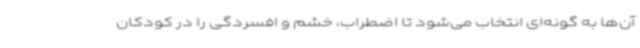
آن‌ها به گونه‌ای انتخاب می‌شود تا اضطراب، خشم و افسردگی را در کودکان